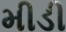
મીડી